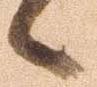
候